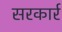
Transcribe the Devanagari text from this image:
सरकार्र